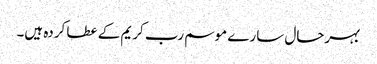
بہرحال سارے موسم رب کریم کے عطا کردہ ہیں۔